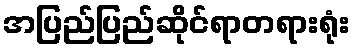
အပြည်ပြည်ဆိုင်ရာတရားရုံး